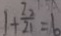
1 + \frac { 2 0 } { 2 1 } = 6